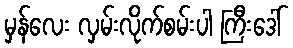
မှန်လေး လှမ်းလိုက်စမ်းပါ ကြီးဒေါ်